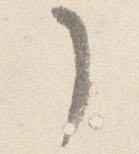
了